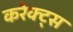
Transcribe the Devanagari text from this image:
करेक्ट्स